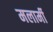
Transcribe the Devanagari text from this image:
मलार्मी